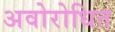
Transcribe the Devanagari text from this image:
अवोरोधित